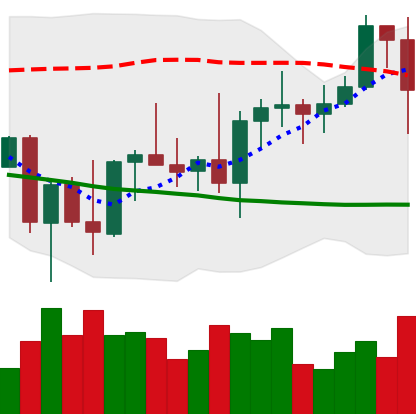
Ticker: BNB-USD
Chart end date: 2022-10-06
Forward return: -5.325%
Label: down_5_7